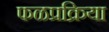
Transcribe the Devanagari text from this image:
फळप्रक्रिया